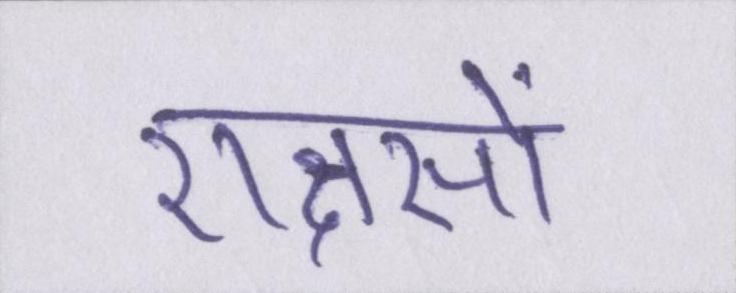
राक्षसों